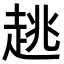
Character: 趒